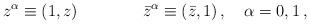
LaTeX: \begin{align*}z^\alpha\equiv(1,z)\qquad\qquad\bar z^\alpha\equiv(\bar z,1)\, , \quad\alpha =0,1 \, ,\end{align*}